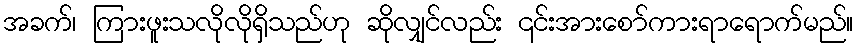
အခက်၊ ကြားဖူးသလိုလိုရှိသည်ဟု ဆိုလျှင်လည်း ၎င်းအားစော်ကားရာရောက်မည်။